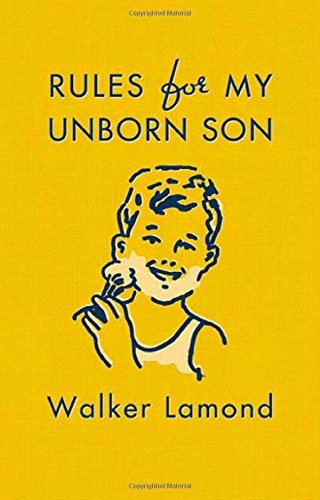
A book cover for Rules for My Unborn Son; Walker Lamond; Parenting & Relationships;